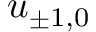
u _ { \pm 1 , 0 }